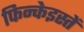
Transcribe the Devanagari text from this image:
फिन्केइस्तें